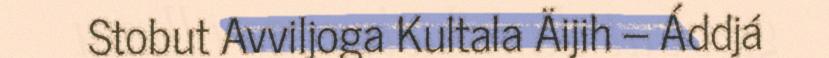
Stobut Avviljoga Kultala Äijih – Áddjá